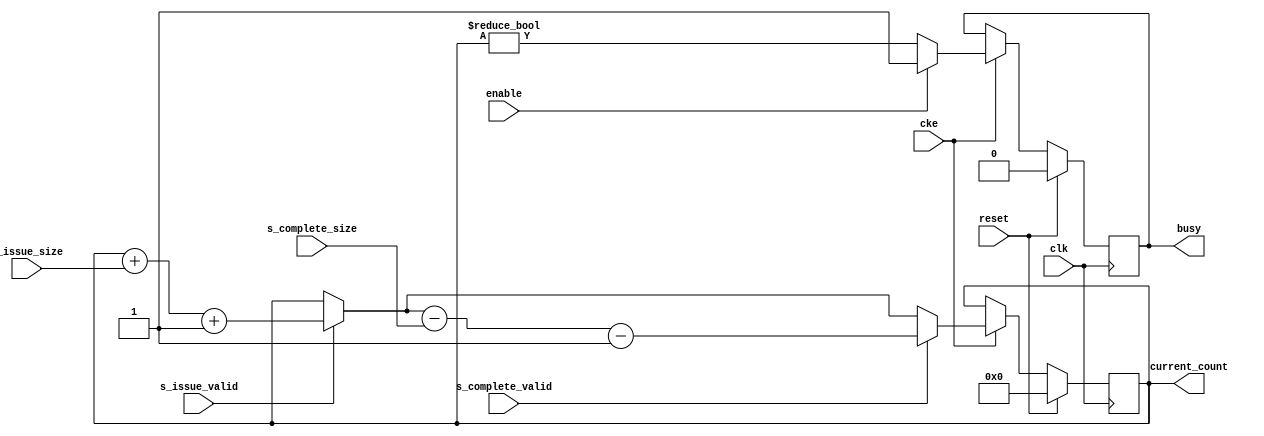
// ---------------------------------------------------------------------------
//  Jelly  -- The platform for real-time computing
//
//                                 Copyright (C) 2008-2020 by Ryuji Fuchikami
//                                 https://github.com/ryuz/jelly.git
// ---------------------------------------------------------------------------




`timescale 1ns / 1ps
`default_nettype none


module jelly_busy_control
        #(
            parameter   CAPACITY_WIDTH       = 32,
            parameter   ISSUE_WIDTH          = CAPACITY_WIDTH,
            parameter   COMPLETE_WIDTH       = CAPACITY_WIDTH,
            parameter   ISSUE_SIZE_OFFSET    = 1'b1,
            parameter   COMPLETE_SIZE_OFFSET = 1'b1,
            parameter   FAST_BUSY            = 0
        )
        (
            input   wire                            reset,
            input   wire                            clk,
            input   wire                            cke,
            
            input   wire                            enable,
            output  wire                            busy,
            
            output  wire    [CAPACITY_WIDTH-1:0]    current_count,
            
            input   wire    [ISSUE_WIDTH-1:0]       s_issue_size,
            input   wire                            s_issue_valid,
            
            input   wire    [COMPLETE_WIDTH-1:0]    s_complete_size,
            input   wire                            s_complete_valid
        );
    
    
    reg                             reg_busy,    next_busy;
    reg     [CAPACITY_WIDTH-1:0]    reg_counter, next_counter;
    
    always @(posedge clk) begin
        if ( reset ) begin
            reg_busy    <= 1'b0;
            reg_counter <= {CAPACITY_WIDTH{1'b0}};
        end
        else if ( cke ) begin
            reg_busy    <= next_busy;
            reg_counter <= next_counter;
        end
    end
    
    always @* begin
        next_busy    = reg_busy;
        next_counter = reg_counter;
        
        if ( s_issue_valid ) begin
            next_counter = next_counter + s_issue_size + ISSUE_SIZE_OFFSET;
        end
        if ( s_complete_valid ) begin
            next_counter = next_counter - s_complete_size - COMPLETE_SIZE_OFFSET;
        end
        
        if ( enable ) begin
            next_busy = 1'b1;
        end
        else begin
            next_busy = FAST_BUSY ? (next_counter != 0) : (reg_counter != 0);
        end
    end
    
    assign current_count = reg_counter;
    
    assign busy          = reg_busy;
    
endmodule


`default_nettype wire


// end of file